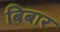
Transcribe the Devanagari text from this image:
बिबार